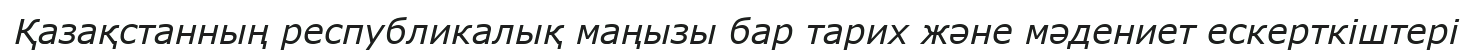
Қазақстанның республикалық маңызы бар тарих және мәдениет ескерткіштері